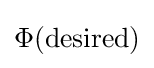
{\textstyle \Phi ({\text{desired}})}